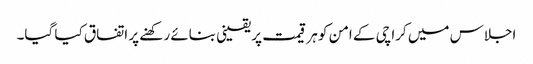
اجلاس میں کراچی کے امن کو ہر قیمت پر یقینی بنائے رکھنے پر اتفاق کیا گیا۔